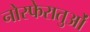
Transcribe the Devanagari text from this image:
नोस्फेरातुओं